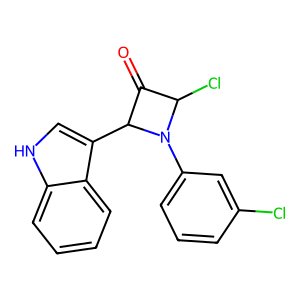
SMILES: O=C1C(Cl)N(c2cccc(Cl)c2)C1c1c[nH]c2ccccc12
Inhibits HIV replication: No